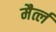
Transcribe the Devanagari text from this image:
मैर्त्ल